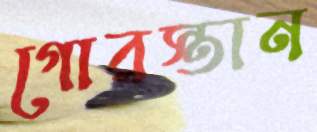
গোরস্তান